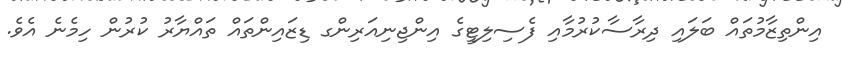
އިންތިޒާމުތައް ބަލައި ދިރާސާކުރުމާއި ފެސިލިޓީގެ އިންޖިނިއަރިންގ ޑިޒައިންތައް ތައްޔާރު ކުރުން ހިމެނެ އެވެ.